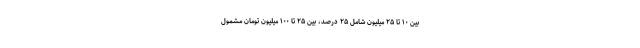
بین ۱۰ تا ۲۵ میلیون شامل ۲۵ درصد، بین ۲۵ تا ۱۰۰ میلیون تومان مشمول